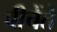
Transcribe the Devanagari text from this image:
बीचेंते